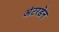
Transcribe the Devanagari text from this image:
अंटरडेन